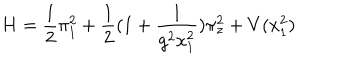
H = \frac { 1 } { 2 } \pi _ { 1 } ^ { 2 } + \frac { 1 } { 2 } ( 1 + \frac { 1 } { g ^ { 2 } x _ { 1 } ^ { 2 } } ) \pi _ { z } ^ { 2 } + V ( x _ { 1 } ^ { 2 } )